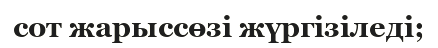
сот жарыссөзі жүргізіледі;